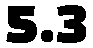
5.3